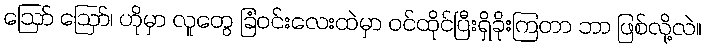
ဪ ဪ၊ ဟိုမှာ လူတွေ ခြံဝင်းလေးထဲမှာ ဝင်ထိုင်ပြီးရှိခိုးကြတာ ဘာ ဖြစ်လို့လဲ။